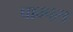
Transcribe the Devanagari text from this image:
पाम्पस